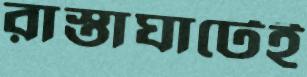
রাস্তাঘাটেই